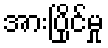
အားပြိုင်မှု